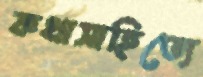
কথাসাহিত্যে